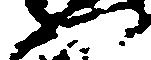
門